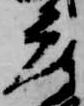
庫